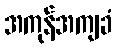
အကုန်အကျခံ